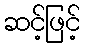
ဆင့်ဖြင့်